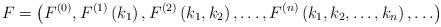
LaTeX: \begin{align*}F=\left(F^{(0)}, F^{(1)}\left(k_1\right),F^{(2)}\left(k_1, k_2\right), \ldots ,F^{(n)}\left(k_1, k_2, \ldots, k_n\right), \ldots \right)\,\end{align*}